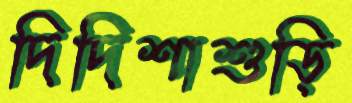
দিদিশাশুড়ি